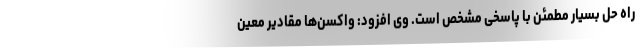
راه حل بسیار مطمئن با پاسخی مشخص است. وی افزود: واکسن‌ها مقادیر معین